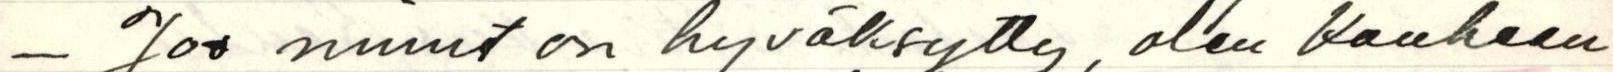
- Jos minut on hyväksytty, olen kauhean